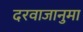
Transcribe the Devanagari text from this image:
दरवाजानुमा